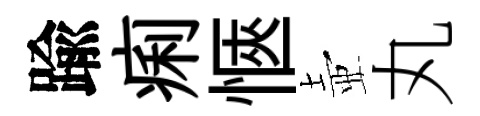
踰痢愜壺丸